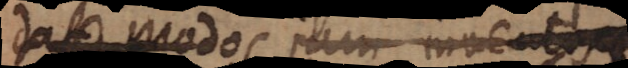
dat modos jam inventos,